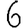
Digit: 6